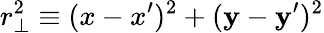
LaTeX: r_{\bot}^{2}\equiv(x-x^{\prime})^{2}+(\mathbf{y}-\mathbf{y}^{\prime})^{2}